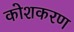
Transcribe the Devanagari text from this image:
कोशकरण